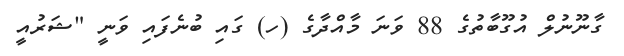
ގާނޫނުލް އުގޫބާތުގެ 88 ވަނަ މާއްދާގެ (ހ) ގައި ބުނެފައި ވަނީ "ޝަރުއީ